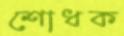
শোধক